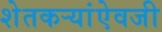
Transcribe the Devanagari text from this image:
शेतकऱ्यांऐवजी